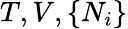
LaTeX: T,V,\{ N_{i}\}